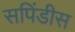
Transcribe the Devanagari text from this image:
सपिंडीस